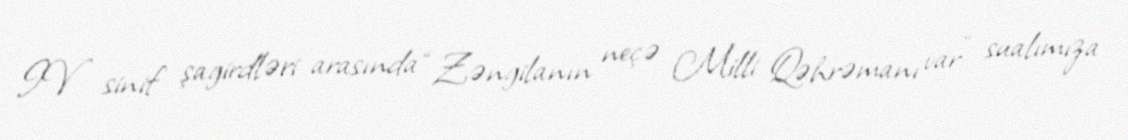
IV sinif şagirdləri arasında “Zəngilanın neçə Milli Qəhrəmanı var” sualımıza